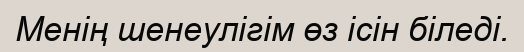
Менiң шенеулiгiм өз iсiн бiледi.